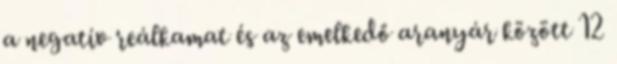
a negatív reálkamat és az emelkedő aranyár között 12